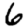
Digit: 6